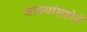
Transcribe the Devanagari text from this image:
जावयांसहोतें